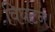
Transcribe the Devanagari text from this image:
विघटन।